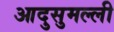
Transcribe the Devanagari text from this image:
आदुसुमल्ली